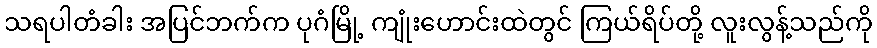
သရပါတံခါး အပြင်ဘက်က ပုဂံမြို့ ကျုံးဟောင်းထဲတွင် ကြယ်ရိပ်တို့ လူးလွန့်သည်ကို